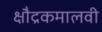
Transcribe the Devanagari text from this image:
क्षौद्रकमालवी